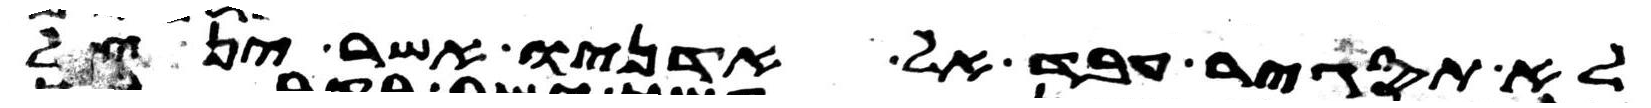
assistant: לא תסגיר עבד אל אדניו אשר ינצל